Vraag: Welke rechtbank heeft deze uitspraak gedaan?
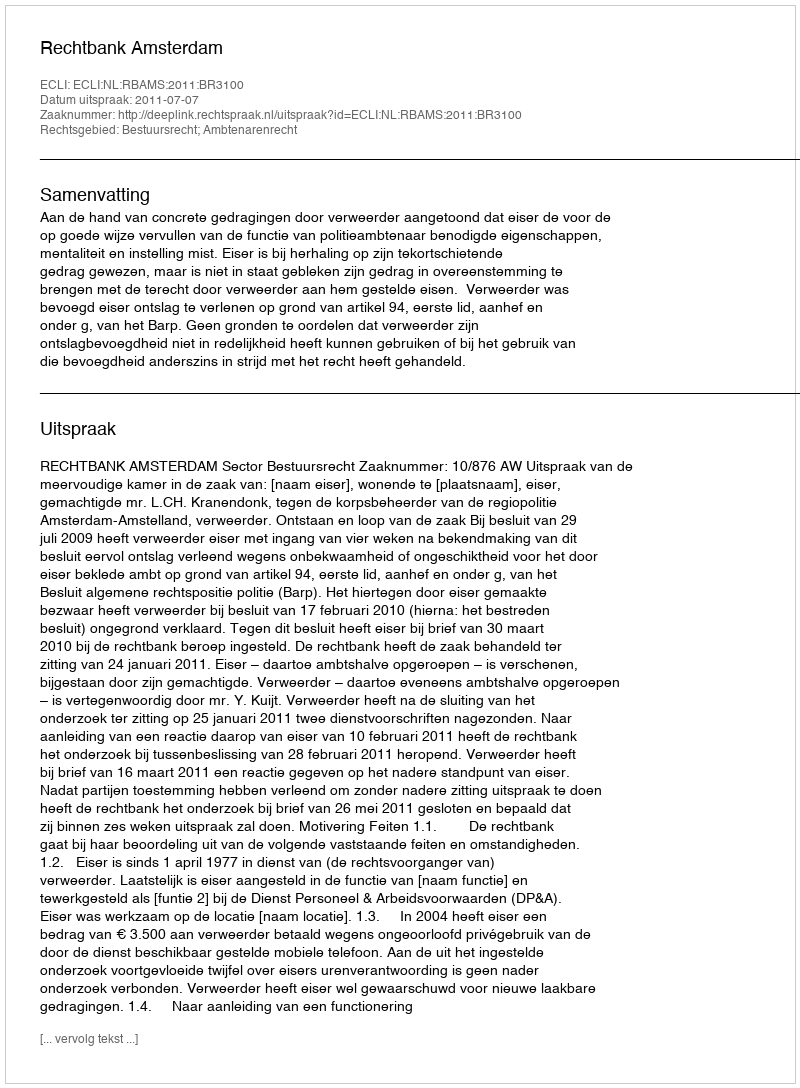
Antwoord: Rechtbank Amsterdam